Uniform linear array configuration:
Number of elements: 64
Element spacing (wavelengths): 0.75
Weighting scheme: binomial
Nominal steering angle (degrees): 60
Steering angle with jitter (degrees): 61.641
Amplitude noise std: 0.05
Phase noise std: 0.05

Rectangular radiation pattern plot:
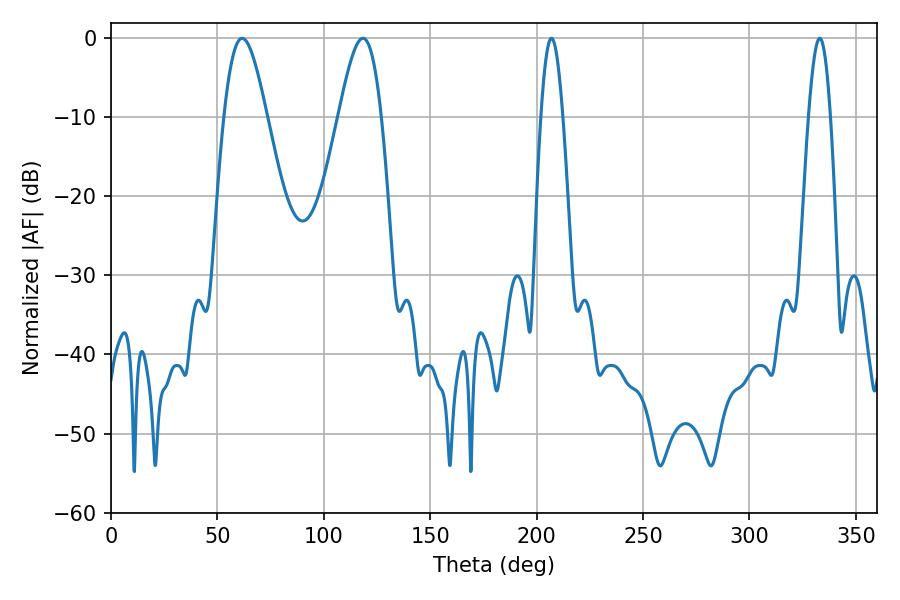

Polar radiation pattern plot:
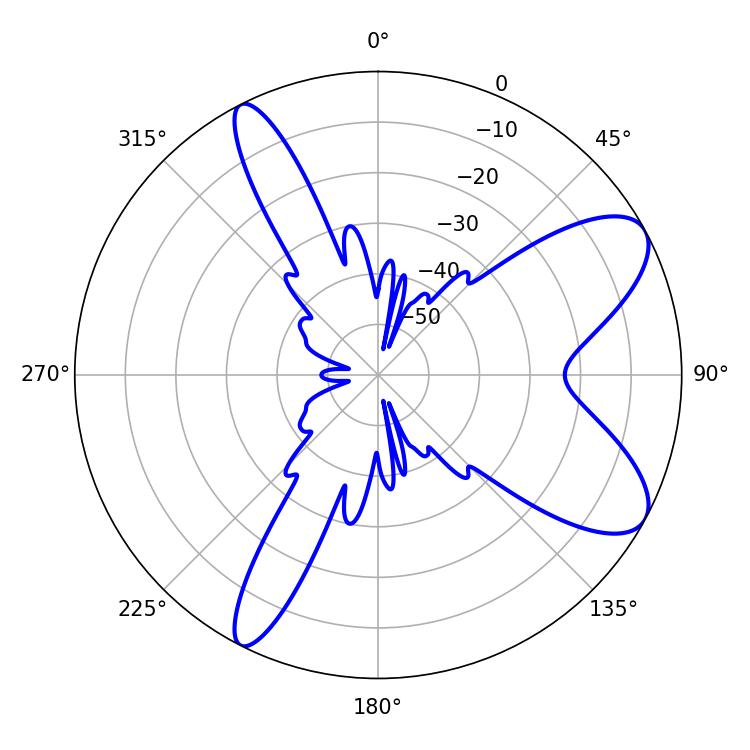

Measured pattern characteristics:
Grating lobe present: TRUE
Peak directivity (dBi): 8.676
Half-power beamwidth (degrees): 5.4
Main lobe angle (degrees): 207